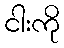
ငါးကို